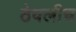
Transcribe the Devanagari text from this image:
ठेवलीच